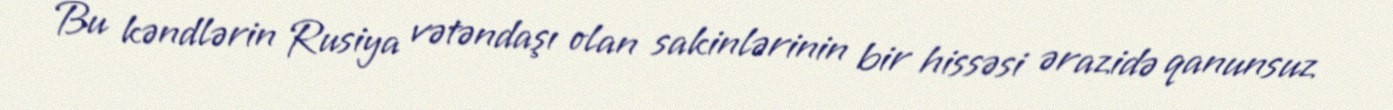
Bu kəndlərin Rusiya vətəndaşı olan sakinlərinin bir hissəsi ərazidə qanunsuz